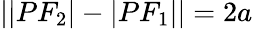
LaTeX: ||PF_{2}|-|PF_{1}||=2a